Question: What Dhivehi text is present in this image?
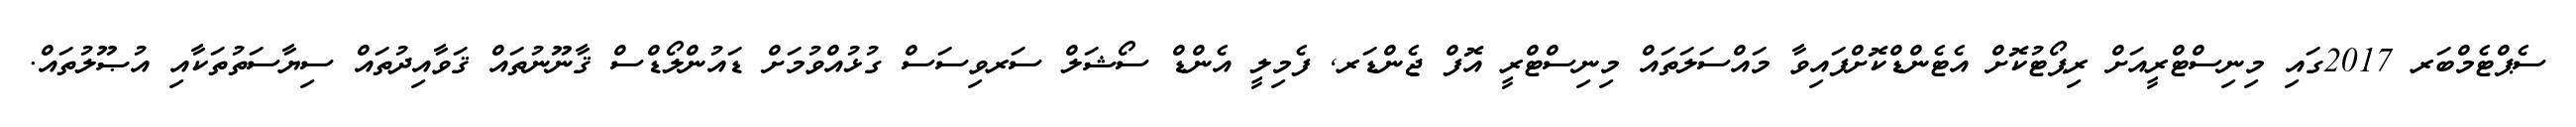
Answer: ސެޕްޓެމްބަރ 2017ގައި މިނިސްޓްރީއަށް ރިޕޯޓުކޮށް އެޓެންޑްކޮށްފައިވާ މައްސަލަތައް މިނިސްޓްރީ އޮފް ޖެންޑަރ, ފެމިލީ އެންޑް ސޯޝަލް ސަރވިސަސް ގުޅުއްވުމަށް ޑައުންލޯޑްސް ޤާނޫނުތައް ޤަވާއިދުތައް ސިޔާސަތުތަކާއި އުޞޫލުތައް.